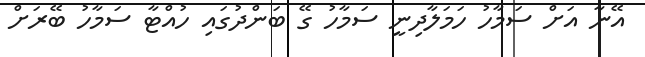
އޭނާ އަށް ސަމާހު ހަމަލާދިނީ ސަމާހު ގޭ ބަންދުގައި ހުއްޓާ ސަމާހު ބޭރަށް